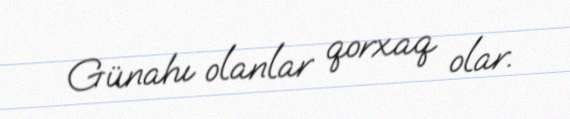
Günahı olanlar qorxaq olar.